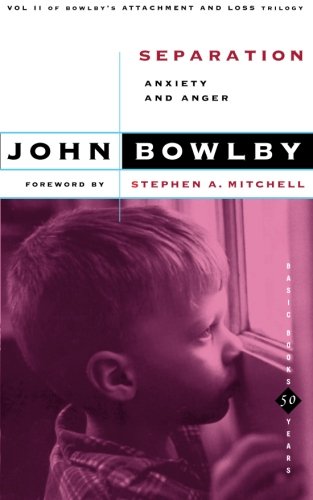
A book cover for Separation: Anxiety And Anger (Basic Books Classics,) Volume 2 (Attachment and Loss Vol 2); John Bowlby; Parenting & Relationships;